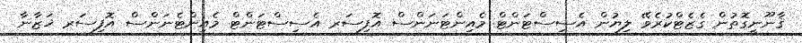
ޤާނޫނީގޮތުން ގެޒެޓްކުރެވޭ ލިޔުން އެސިސްޓަންޓް މެއިންޓަނަންސް އޮފިސަރ އެސިސްޓަންޓް މެއިންޓެނަންސް އޮފިސަރ ޚަޒާނާ